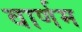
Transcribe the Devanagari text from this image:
वार्णम